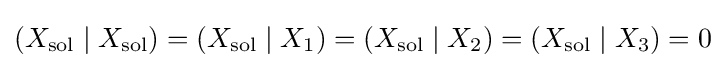
\left(X_{\mathrm {sol} }\mid X_{\mathrm {sol} }\right)=\left(X_{\mathrm {sol} }\mid X_{1}\right)=\left(X_{\mathrm {sol} }\mid X_{2}\right)=\left(X_{\mathrm {sol} }\mid X_{3}\right)=0